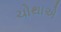
ચોથાએ